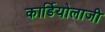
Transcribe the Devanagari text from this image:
कार्डियोलाजी